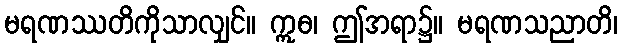
မရဏဿတိကိုသာလျှင်။ ဣဓ၊ ဤအရာ၌။ မရဏသညာတိ၊